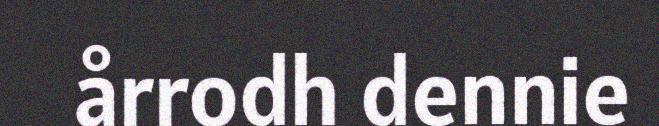
årrodh dennie